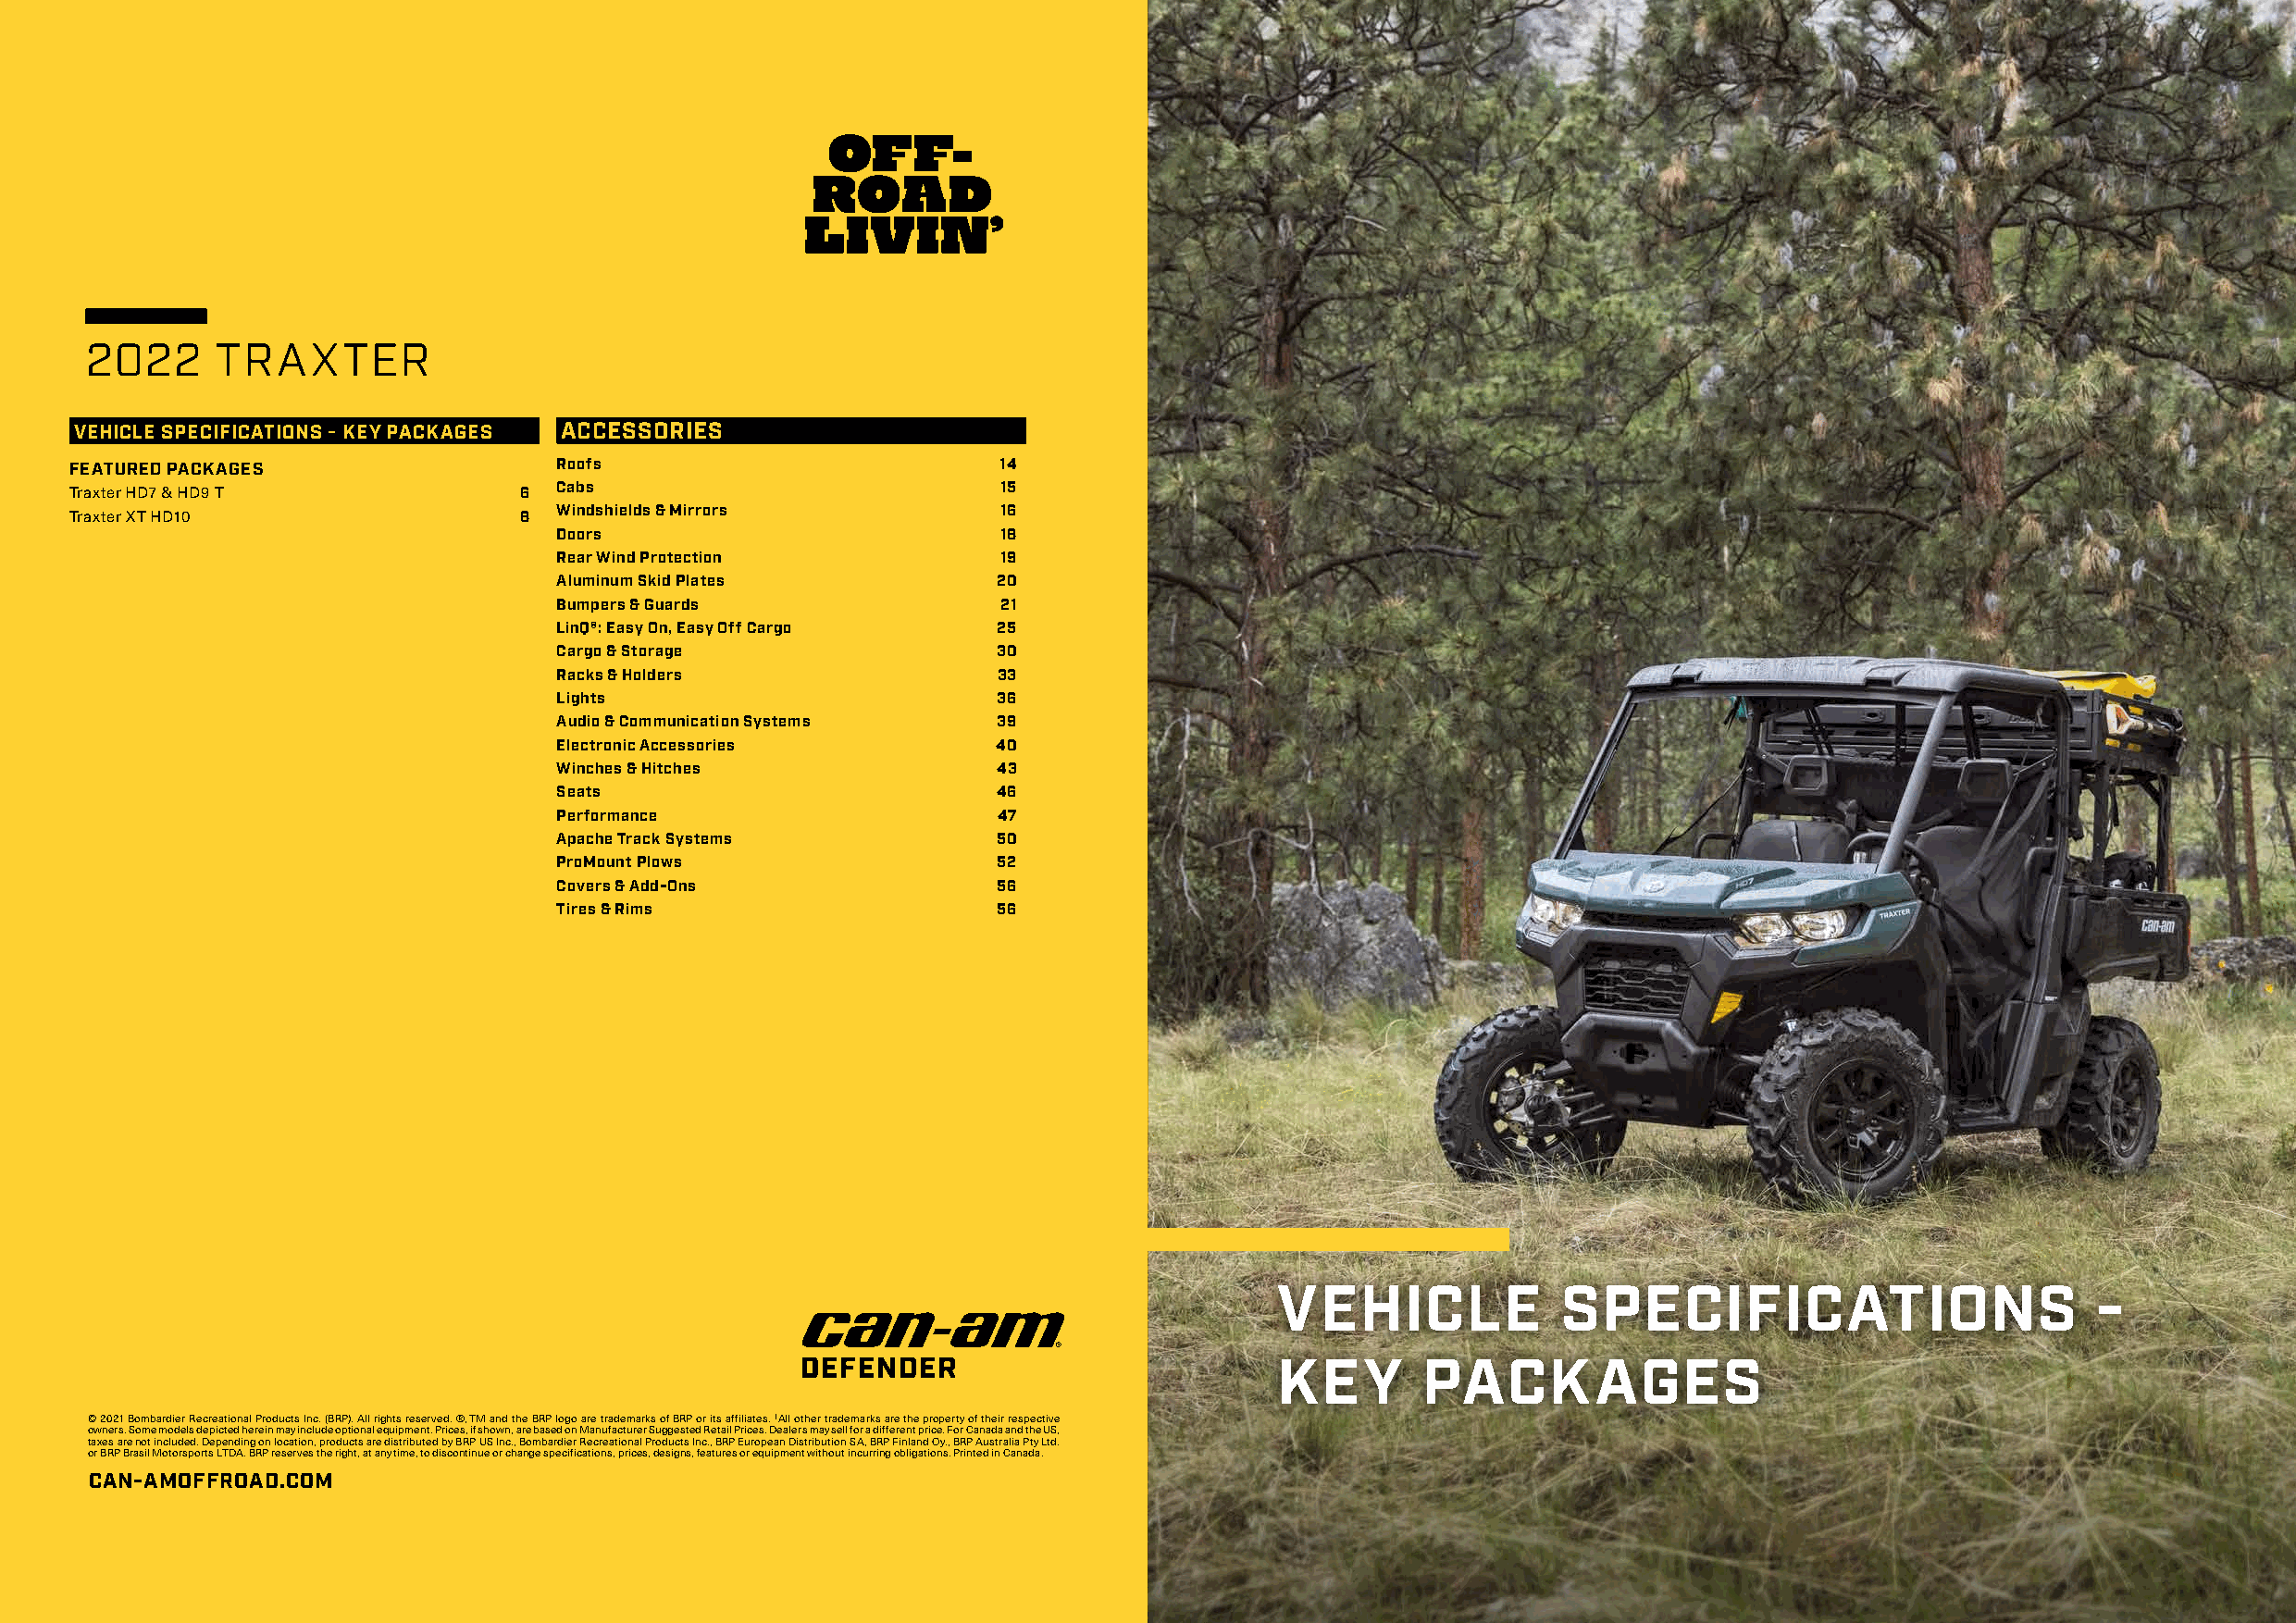
2022     TRAXTER
 VEHICLE SPECIFICATIONS - KEY PACKAGES ACCESSORIES
 FEATURED PACKAGES                  Roofs                          14
 Traxter HD7 & HD9 T             6  Cabs                            15
 Traxter XT HD10                 8  Windshields & Mirrors          16
 Doors                          18
 Rear Wind Protection            19
 Aluminum Skid Plates           20
 Bumpers & Guards               21
 LinQ®: Easy On, Easy Off Cargo 25
 Cargo & Storage                30
 Racks & Holders                33
 Lights                         36
 Audio & Communication Systems  39
 Electronic Accessories         40
 Winches & Hitches              43
 Seats                          46
 Performance                    47
 Apache Track Systems           50
 ProMount Plows                 52
 Covers & Add-Ons               56
 Tires & Rims                   56
 VEHICLE              SPECIFICATIONS                        -
 KEY        PACKAGES
 © 2021 Bombardier Recreational Products Inc. (BRP). All rights reserved. ®, TM and the BRP logo are trademarks of BRP or its affiliates. † All other trademarks are the property of their respective
 owners. Some models depicted herein may include optional equipment. Prices, if shown, are based on Manufacturer Suggested Retail Prices. Dealers may sell for a different price. For Canada and the US,
 taxes are not included. Depending on location, products are distributed by BRP US Inc., Bombardier Recreational Products Inc., BRP European Distribution SA, BRP Finland Oy., BRP Australia Pty Ltd.
 or BRP Brasil Motorsports LTDA. BRP reserves the right, at any time, to discontinue or change specifications, prices, designs, features or equipment without incurring obligations. Printed in Canada.
 CAN-AMOFFROAD.COM